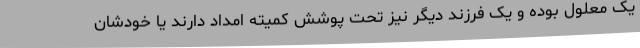
یک معلول بوده و یک فرزند دیگر نیز تحت پوشش کمیته امداد دارند یا خودشان